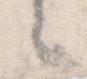
々